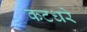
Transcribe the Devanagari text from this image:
कटधरे